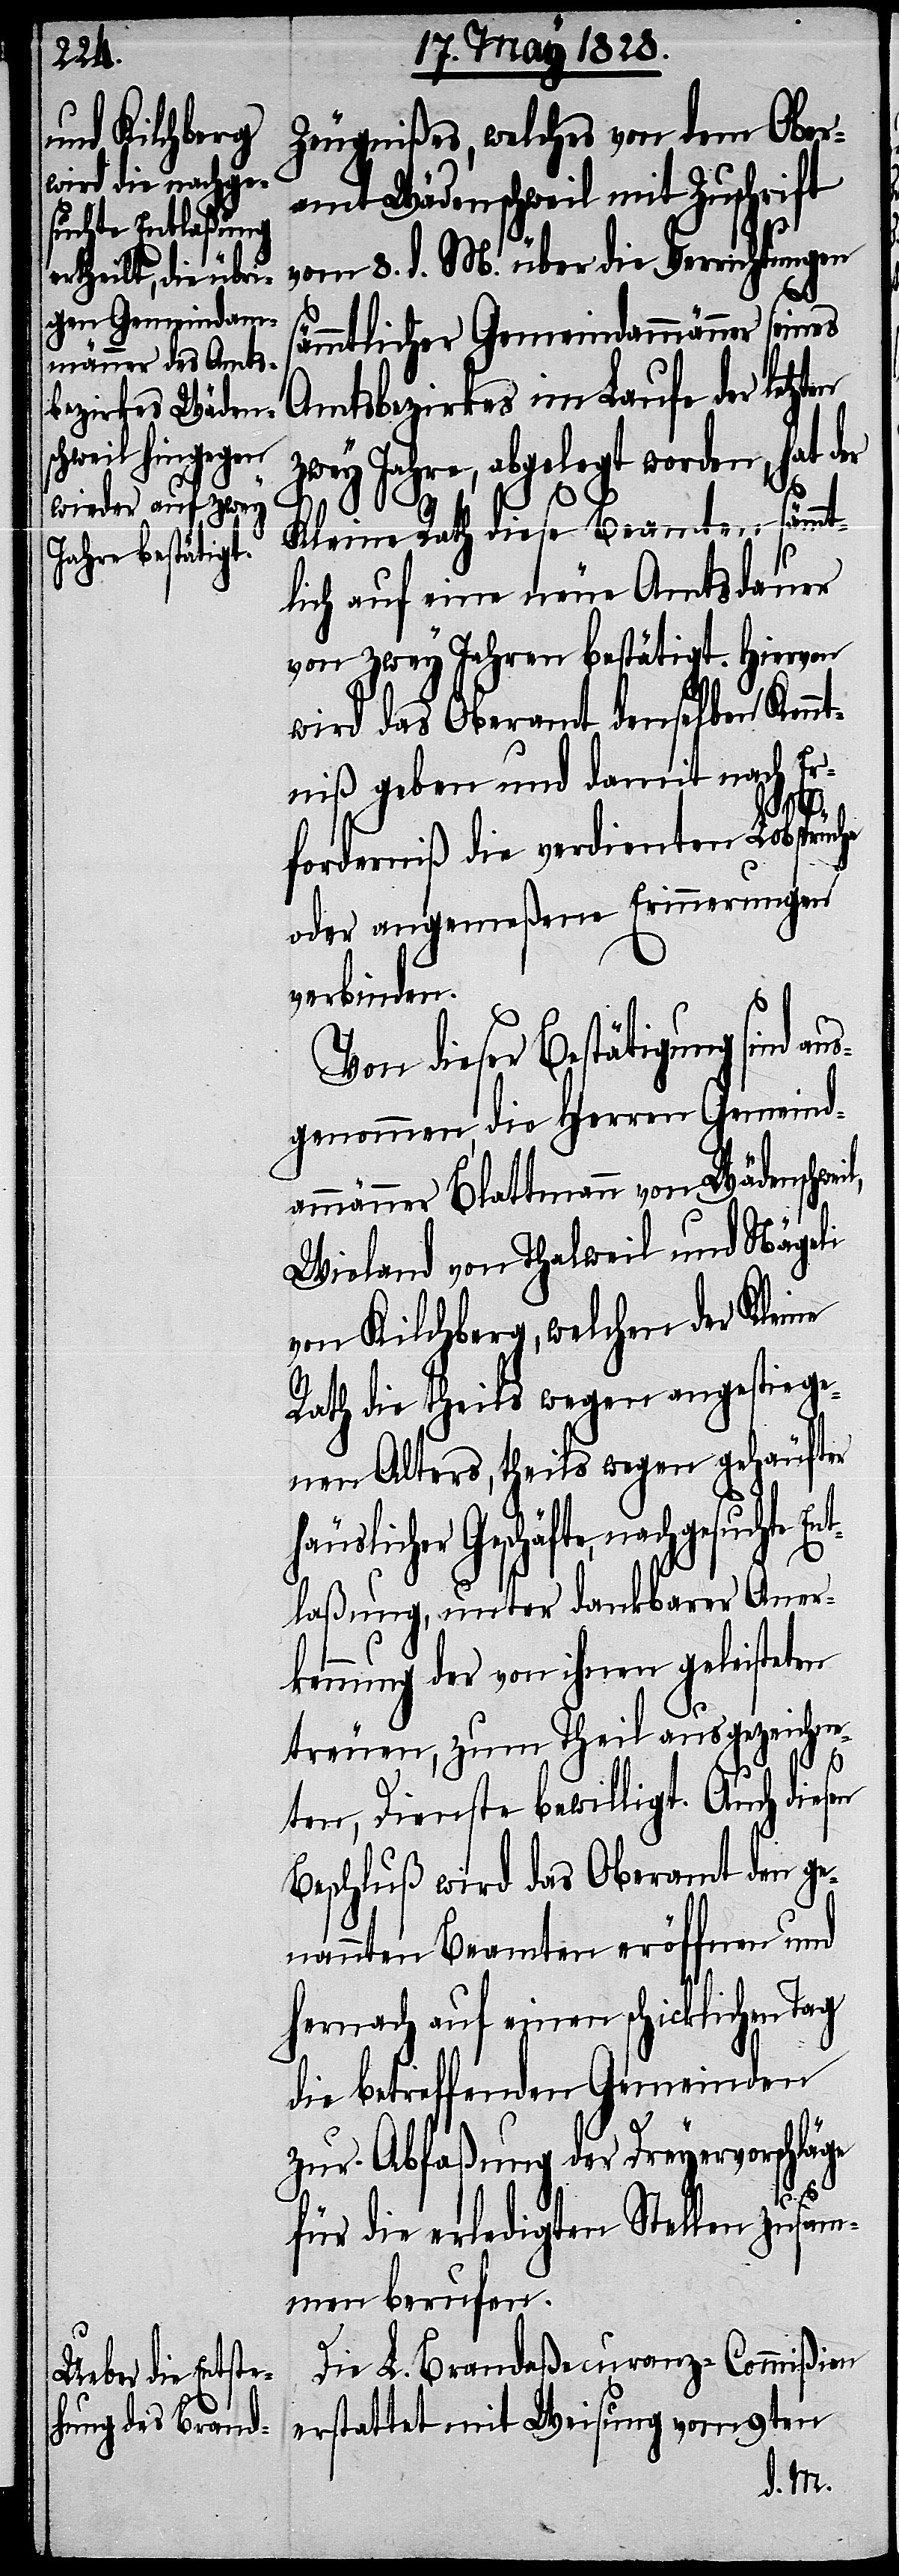
Zeugnißes, welches von dem Ober¬
amt Wädenschweil mit Zuschrift
vom 8. d. M. über die Verrichtungen
sämmtlicher Gemeindammänner seines
Amtsbezirkes im Laufe der letzten
zwey Jahre, abgelegt worden, hat der
en
Kleine Rath diese Beamten sämmt¬
lich auf eine neue Amtsdauer
von zwey Jahren bestätigt. Hiervon
wird das Oberamt denselben Kenn¬
tniß geben und damit nach Er¬
chte Ent¬
forderniß die verdienten Lobsprüche
oder angemeßene Erinnerungen
verbinden.
Von dieser Bestätigung sind
genommen, die Herren Gemeind¬
ammänner Blattmann von Wädenschwe¬
Wieland von Thalweil und Nägeli
von Kilchberg, welchen der Kleine
Rath die theils wegen angestiege¬
nen Alters, theils wegen gehäufter
häuslicher Geschäfte, nachgesu¬
laßung, unter dankbarer Aner¬
kennung der von ihnen geleisteten
treuen, zum Theil ausgezeichne¬
ten, Dienste bewilligt. Auch dies¬
Beschluß wird das Oberamt den ge¬
nannten Beamten eröffnen und
hernach auf einen schicklichen Tag
die betreffenden Gemeinden
zur Abfaßung der Dreyervorschläge
für die erledigten Stellen zusam¬
men berufen.
Die L. Brandaßecuranz-Commißion
erstattet mit Weisung vom 9ten